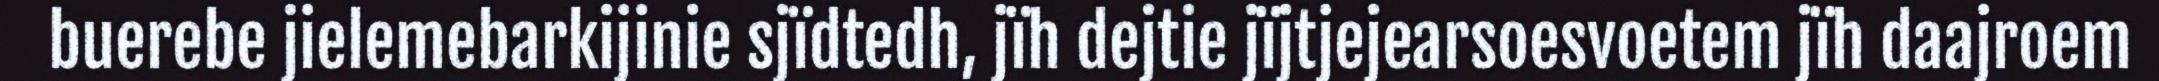
buerebe jielemebarkijinie sjïdtedh, jïh dejtie jïjtjejearsoesvoetem jïh daajroem